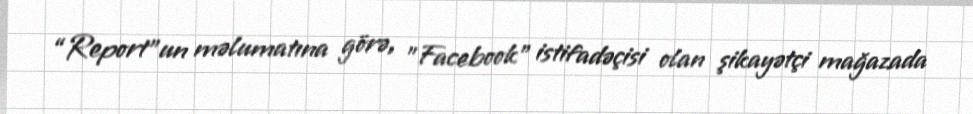
“Report”un məlumatına görə, "Facebook" istifadəçisi olan şikayətçi mağazada